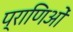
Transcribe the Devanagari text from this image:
प्राणिओं